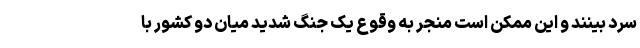
سرد بینند و این ممکن است منجر به وقوع یک جنگ شدید میان دو کشور با